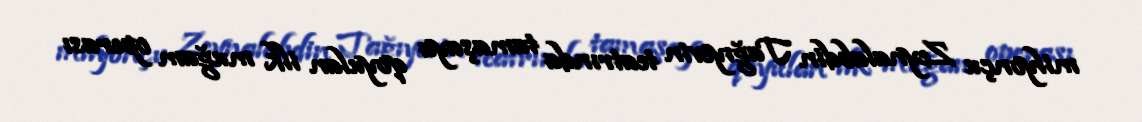
milyonçu Zeynalabdin Tağıyevin teatrında tamaşaya qoyulan ilk muğam operası